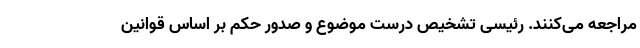
مراجعه می‌کنند. رئیسی تشخیص درست موضوع و صدور حکم بر اساس قوانین